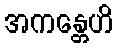
အကန္တေဟိ